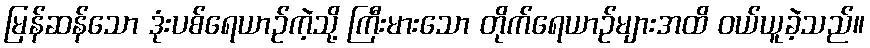
မြန်ဆန်သော ဒုံးပစ်ရေယာဉ်ကဲ့သို့ ကြီးမားသော တိုက်ရေယာဉ်များအထိ ဝယ်ယူခဲ့သည်။